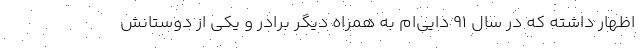
اظهار داشته که در سال ۹۱ دایی‌ام به همراه دیگر برادر و یکی از دوستانش